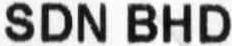
SDN BHD